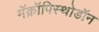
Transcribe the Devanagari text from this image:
मॅक्रॉपिस्थोडॉन